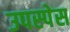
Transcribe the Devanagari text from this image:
उपस्पेस